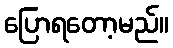
ပြောရတော့မည်။